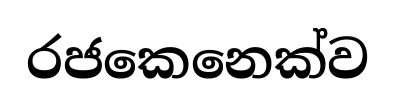
රජකෙනෙක්ව